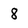
Character: 8